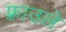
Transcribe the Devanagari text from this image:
फ़्राउले